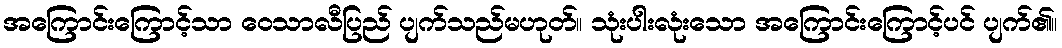
အကြောင်းကြောင့်သာ ဝေသာလီပြည် ပျက်သည်မဟုတ်။ သုံးပါးလုံးသော အကြောင်းကြောင့်ပင် ပျက်၏။